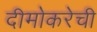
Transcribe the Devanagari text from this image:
दीमोकरेची